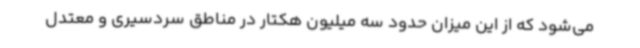
می‌شود که از این میزان حدود سه میلیون هکتار در مناطق سردسیری و معتدل